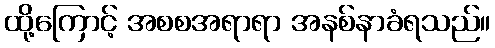
ထို့ကြောင့် အစစအရာရာ အနစ်နာခံရသည်။